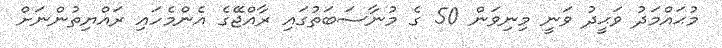
މުޙައްމަދު ވަޙީދު ވަނީ މިނިވަން 50 ގެ މުނާސަބަތުގައި ރާއްޖޭގެ އެންމެހައި ރައްޔިތުންނަށް